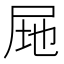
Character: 𭕚